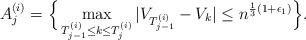
LaTeX: \begin{align*}A_j^{(i)} = \Big\{ \max_{ T_{j-1}^{(i)} \leq k \leq T_j^{(i)} } |V_{T_{j-1}^{(i)}} - V_k| \leq n^{\frac{1}{3}(1 + \epsilon_1)} \Big\}.\end{align*}